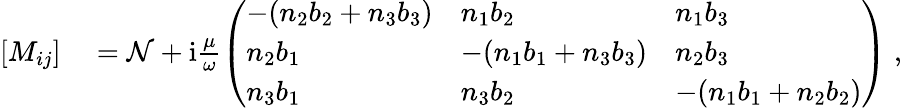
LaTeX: \begin{array}{rl}{[M_{ij}]}&{{}=\mathcal{N}+\mathrm{i}\frac{\mu}{\omega}\left(\begin{array}{lll}{-(n_{2}b_{2}+n_{3}b_{3})}&{n_{1}b_{2}}&{n_{1}b_{3}}\\ {n_{2}b_{1}}&{-(n_{1}b_{1}+n_{3}b_{3})}&{n_{2}b_{3}}\\ {n_{3}b_{1}}&{n_{3}b_{2}}&{-(n_{1}b_{1}+n_{2}b_{2})}\end{array}\right)\; ,}\end{array}